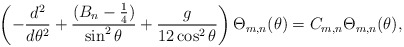
\begin{align*}\left( -\frac{d^{2}}{d\theta ^{2}}+\frac{(B_n-\frac{1}{4})}{\sin ^{2}\theta }+\frac{g}{12 \cos^2\theta} \right) \Theta_{m,n} (\theta )=C_{m,n} \Theta_{m,n} (\theta ), \end{align*}